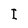
Character: I